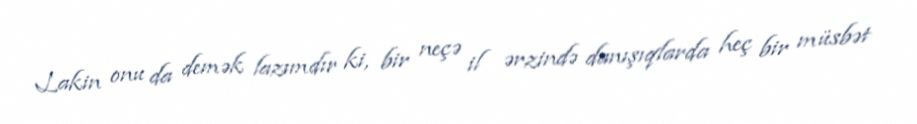
Lakin onu da demək lazımdır ki, bir neçə il ərzində danışıqlarda heç bir müsbət